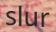
slur